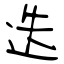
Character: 迭